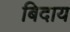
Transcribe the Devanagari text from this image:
बिदाय